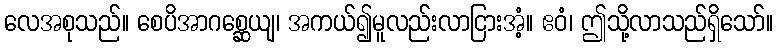
လေအစုသည်။ စေပိအာဂစ္ဆေယျ၊ အကယ်၍မူလည်းလာငြားအံ့။ ဧဝံ၊ ဤသို့လာသည်ရှိသော်။